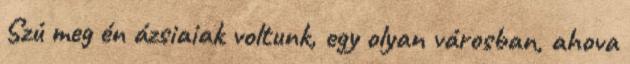
Szú meg én ázsiaiak voltunk, egy olyan városban, ahova